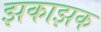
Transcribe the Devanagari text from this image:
झकाझक